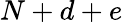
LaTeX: N+d+e